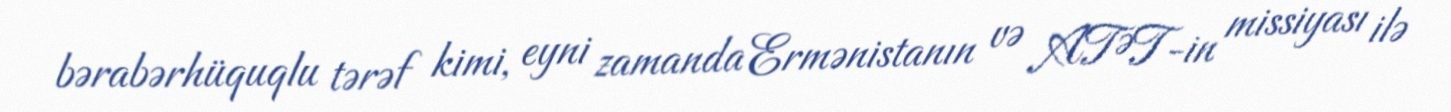
bərabərhüquqlu tərəf kimi, eyni zamanda Ermənistanın və ATƏT-in missiyası ilə